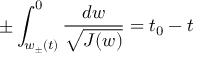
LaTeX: \pm \int _ { w _ { \pm } ( t ) } ^ { 0 } \frac { d w } { \sqrt { J ( w ) } } = t _ { 0 } - t